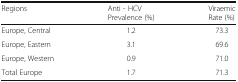
| Regions | Anti - HCVPrevalence (%) | ViraemicRate (%) |
 | --- | --- | --- |
 | Europe, Central | 1.2 | 73.3 |
 | Europe, Eastern | 3.1 | 69.6 |
 | Europe, Western | 0.9 | 71.0 |
 | Total Europe | 1.7 | 71.3 |